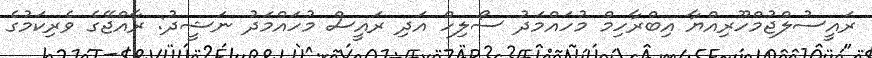
ރައީސުލްޖުމްހޫރިއްޔާ އިބްރާހިމް މުހައްމަދު ސޯލިހް އަދި ރައީސް މުހައްމަދު ނަޝީދު: ރާއްޖޭގެ ވެރިކަމުގެ